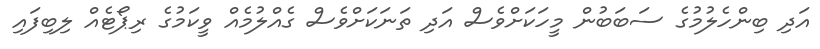
އަދި ބިންހެލުމުގެ ސަބަބުން މީހަކަށްވެސް އަދި ތަނަކަށްވެސް ގެއްލުމެއް ވީކަމުގެ ރިޕޯޓެއް ލިބިފައި